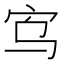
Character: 𫲻